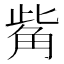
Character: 觜